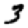
Digit: 3